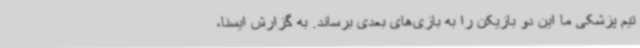
تیم پزشکی ما این دو بازیکن را به بازی‌های بعدی برساند. به گزارش ایسنا،